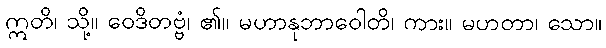
ဣတိ၊ သို့။ ဝေဒိတဗ္ဗံ၊ ၏။ မဟာနုဘာဝေါတိ၊ ကား။ မဟတာ၊ သော။